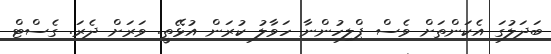
ބަދަލުގަ އެކަންތަށް ވެސް ޕްލިހުންނާ ހަވާލު ކުރަން އުޅޭތީ. ވަރަށް ދެރަ. ގެސްޓް